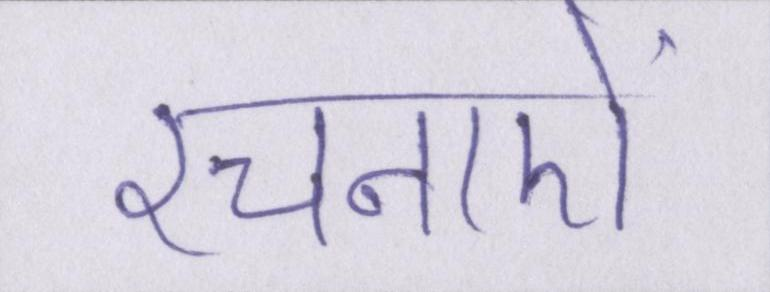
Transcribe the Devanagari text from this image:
रचनाऐं